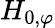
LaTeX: H_{0,\varphi}